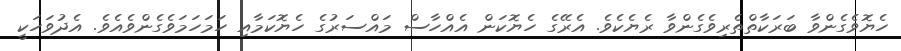
ހެޔޮވެގެންވާ ބަރަކާތްތެރިވެގެންވާ ރެޔެކެވެ. އެރޭގެ ހެޔޮކަން އެއްހާސް މައްސަރުގެ ހެޔޮކަމާއި ހަމަހަމަވެގެންވެއެވެ. އެދުވަހަކީ